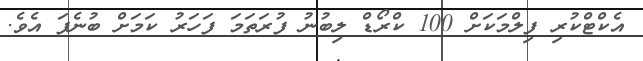
އެކްޓްކުރި ފިލްމަކަށް 100 ކްރޯޑް ލިބުނު ފުރަތަމަ ފަހަރު ކަމަށް ބުނެފަ އެވެ.